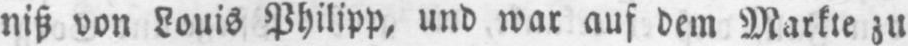
niß von Louis Philipp, und war auf dem Markte zu